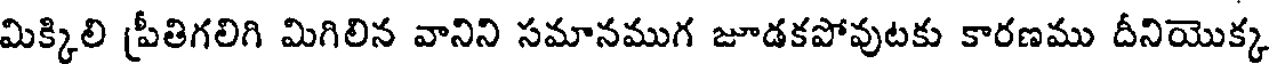
మిక్కిలి ప్రీతిగలిగి మిగిలిన వానిని సమానముగ జూడకపోవుటకు కారణము దీనియొక్క